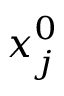
\v { x } _ { j } ^ { 0 }